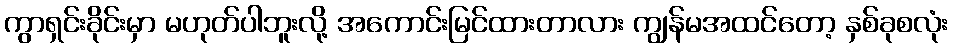
ကွာရှင်းခိုင်းမှာ မဟုတ်ပါဘူးလို့ အကောင်းမြင်ထားတာလား ကျွန်မအထင်တော့ နှစ်ခုစလုံး